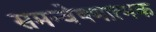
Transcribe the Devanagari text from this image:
समन्वेषणात्मक